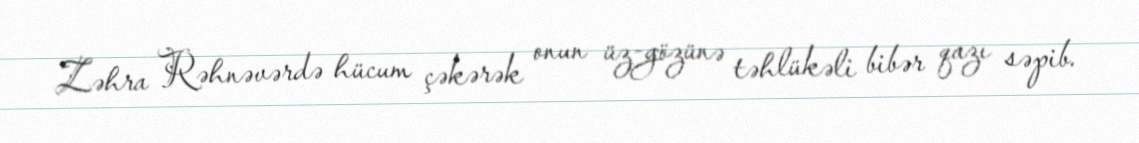
Zəhra Rəhnəvərdə hücum çəkərək onun üz-gözünə təhlükəli bibər qazı səpib.